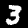
Label: 3